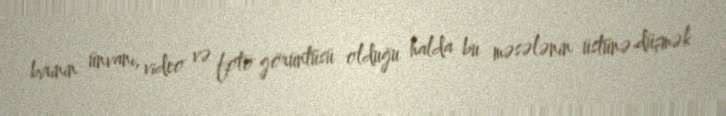
birinin ünvanı, video və foto görüntüsü olduğu halda bu məsələnin üstünə düşmək